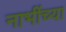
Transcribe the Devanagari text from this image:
नाभींच्या